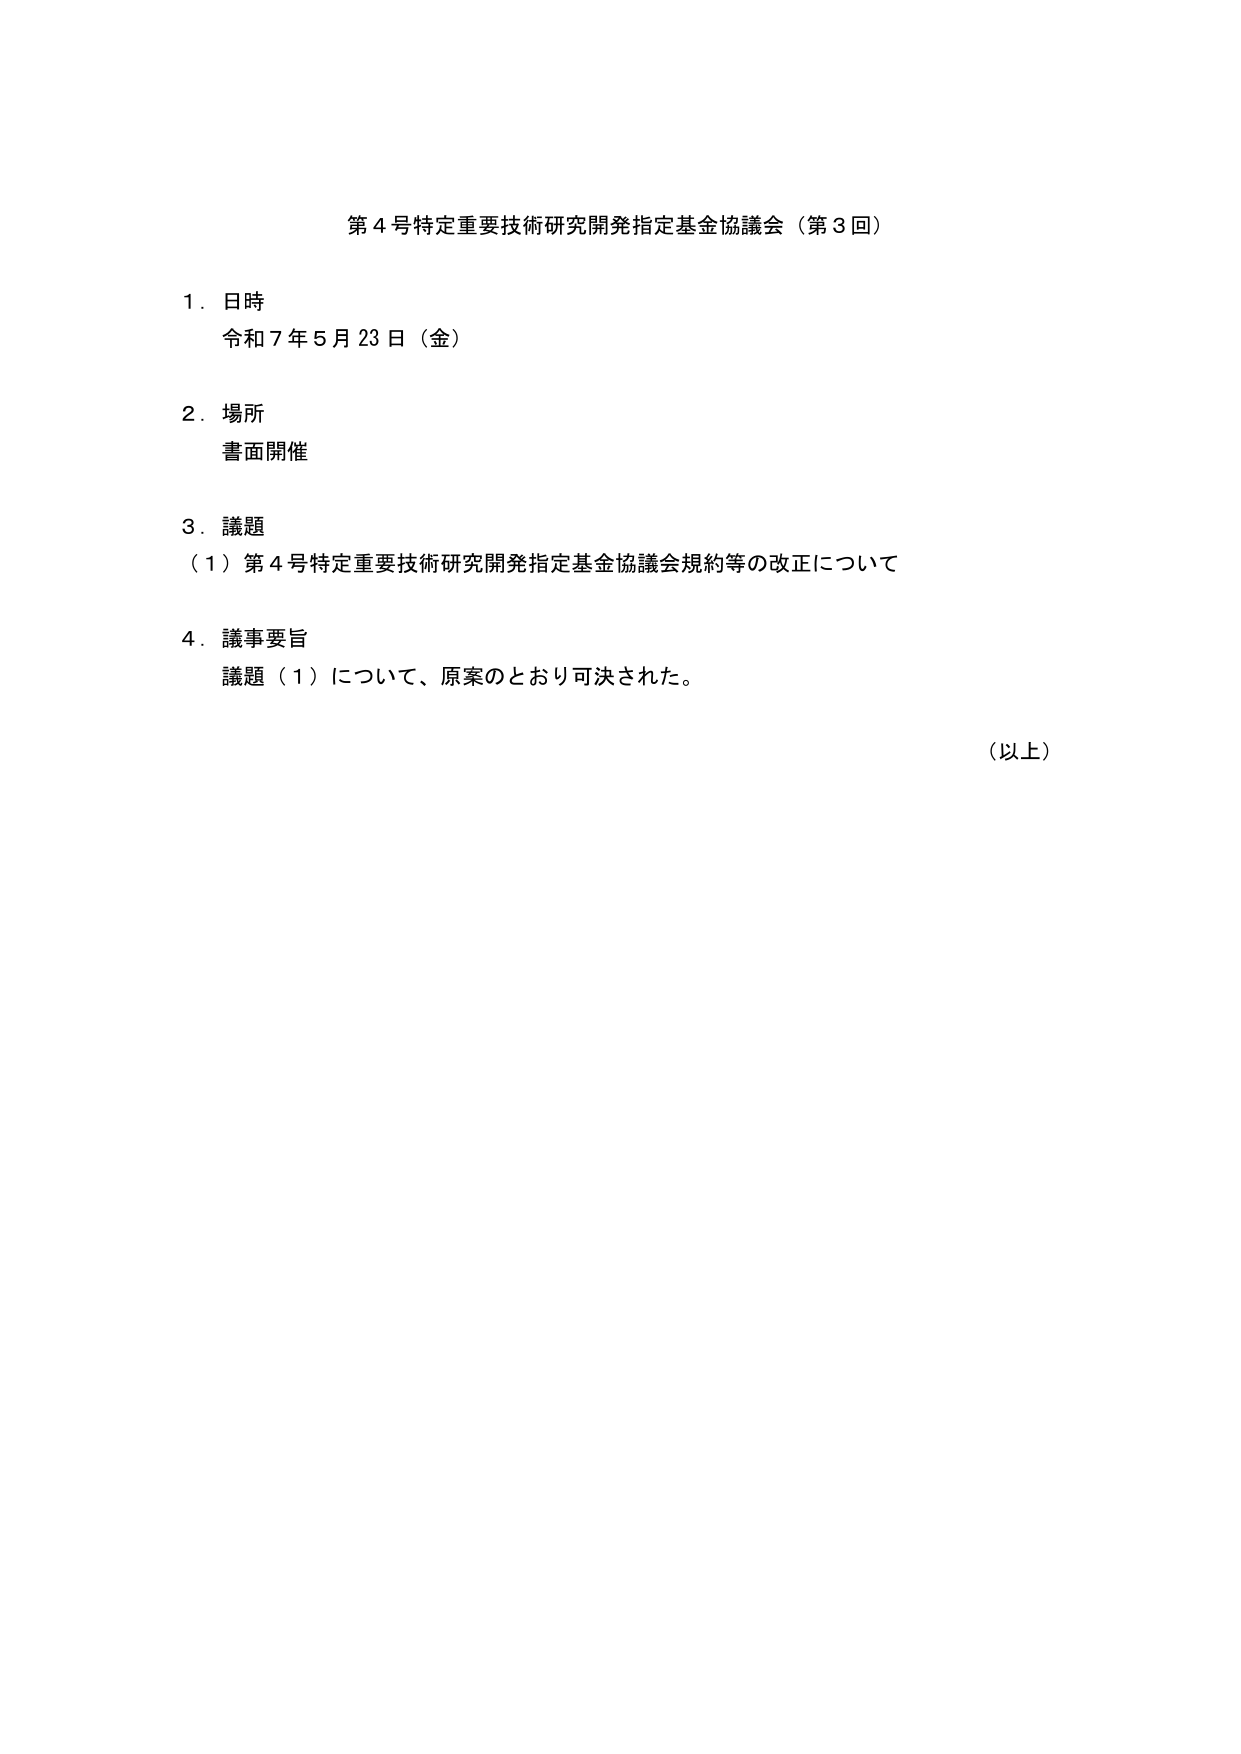
第４号特定重要技術研究開発指定基金協議会（第３回）

１．日時
令和７年５月23日（金）

２．場所
書面開催

３．議題
（１）第４号特定重要技術研究開発指定基金協議会規約等の改正について

４．議事要旨
議題（１）について、原案のとおり可決された。

（以上）